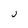
Character: J